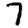
Digit: 7